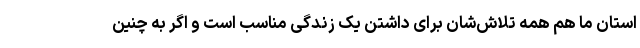
استان ما هم همه تلاش‌شان برای داشتن یک زندگی مناسب است و اگر به چنین